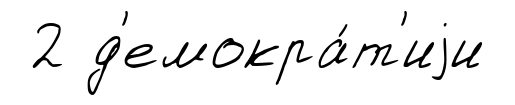
2 д'емокра́т'иjи